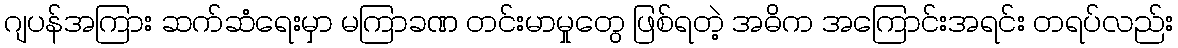
ဂျပန်အကြား ဆက်ဆံရေးမှာ မကြာခဏ တင်းမာမှုတွေ ဖြစ်ရတဲ့ အဓိက အကြောင်းအရင်း တရပ်လည်း